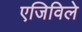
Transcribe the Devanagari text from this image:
एजिविले